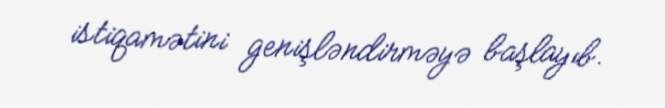
istiqamətini genişləndirməyə başlayıb.